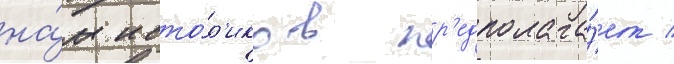
на́м исто́р'иков пр'едполага́ет /